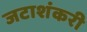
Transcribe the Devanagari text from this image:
जटाशंकरी